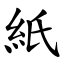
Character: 紙